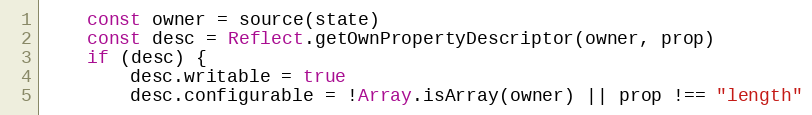
Language: JavaScript
    const owner = source(state)
    const desc = Reflect.getOwnPropertyDescriptor(owner, prop)
    if (desc) {
        desc.writable = true
        desc.configurable = !Array.isArray(owner) || prop !== "length"